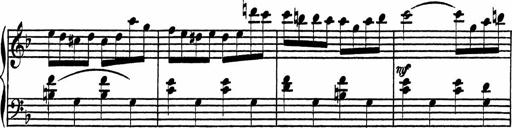
Title: 4 Piano Sonatinas
Composer: Adam Geibel